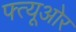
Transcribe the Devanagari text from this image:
फ्त्यूओर